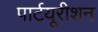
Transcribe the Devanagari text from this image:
पार्टयूरीशन